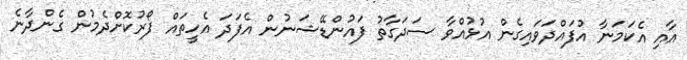
އާއި އެކަމަނާ އުފައްދަވައިގެން އުޅުއްވާ ސަދަގާތު ފައުންޑޭޝަނުން އެފަދަ އެހީތައް ފޯރުކޮށްދެމުން ގެންދާނެ